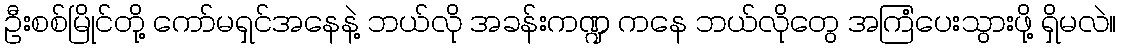
ဦးစစ်မြိုင်တို့ ကော်မရှင်အနေနဲ့ ဘယ်လို အခန်းကဏ္ဍ ကနေ ဘယ်လိုတွေ အကြံပေးသွားဖို့ ရှိမလဲ။